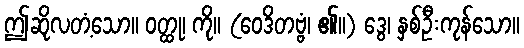
ဤဆိုလတံ့သော။ ဝတ္ထု၊ ကို။ (ဝေဒိတဗ္ဗံ၊ ၏။) ဒွေ၊ နှစ်ဦးကုန်သော။